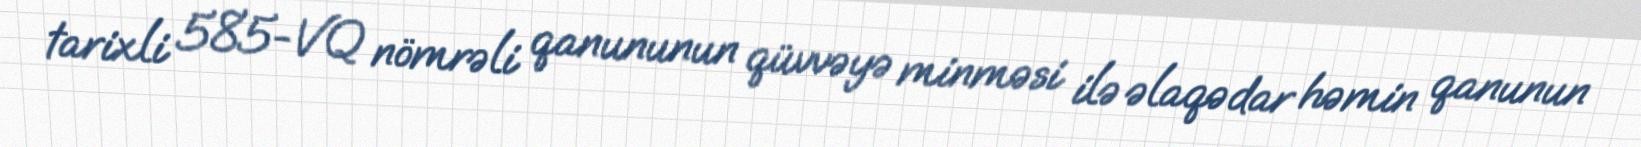
tarixli 585-VQ nömrəli qanununun qüvvəyə minməsi ilə əlaqədar həmin qanunun